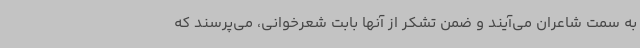
به سمت شاعران می‌آیند و ضمن تشکر از آنها بابت شعرخوانی، می‌پرسند که